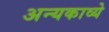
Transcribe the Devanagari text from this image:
अन्यकाव्ये